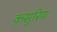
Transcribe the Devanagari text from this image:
क़सुरिय